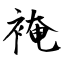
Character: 裺